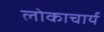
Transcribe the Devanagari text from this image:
लोकाचार्य